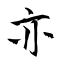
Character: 亦